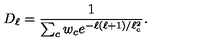
D _ { \ell } = { \frac { 1 } { \sum _ { c } w _ { c } e ^ { - \ell ( \ell + 1 ) / \ell _ { c } ^ { 2 } } } } .